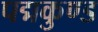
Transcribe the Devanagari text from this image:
पद्मकुण्ड